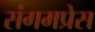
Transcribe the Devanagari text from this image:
संगमप्रेस